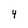
Character: 4